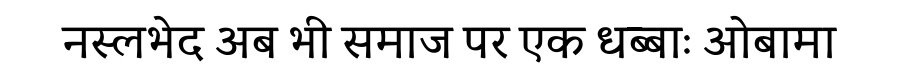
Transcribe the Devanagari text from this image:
नस्लभेद अब भी समाज पर एक धब्बाः ओबामा